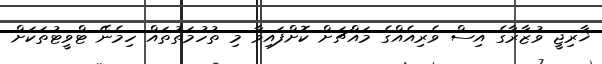
ޚާރިޖީ ވުޒާރާގެ އިސް ވެރިއެއްގެ މައްޗަށް ކޮށްފައިވާ މި ތުހުމަތުތައް ހިމެނޭ ޓްވީޓުތަކަށް